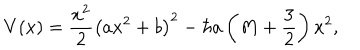
LaTeX: V ( x ) = \frac { x ^ { 2 } } 2 \left( a x ^ { 2 } + b \right) ^ { 2 } - \hbar a \left( M + \frac { 3 } { 2 } \right) x ^ { 2 } ,